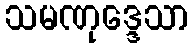
သမဏုဒ္ဒေသာ